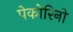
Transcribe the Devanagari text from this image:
पेकोरिनो